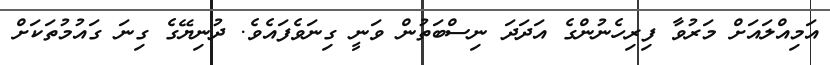
އަމިއްލައަށް މަރުވާ ފިރިހެނުންގެ އަދަދަ ނިސްބަތުން ވަނީ ގިނަވެފައެވެ. ދުނިޔޭގެ ގިނަ ގައުމުތަކަށް